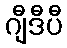
ဂျီဒီပီ